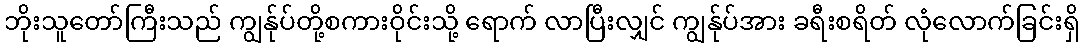
ဘိုးသူတော်ကြီးသည် ကျွန်ုပ်တို့စကားဝိုင်းသို့ ရောက် လာပြီးလျှင် ကျွန်ုပ်အား ခရီးစရိတ် လုံလောက်ခြင်းရှိ